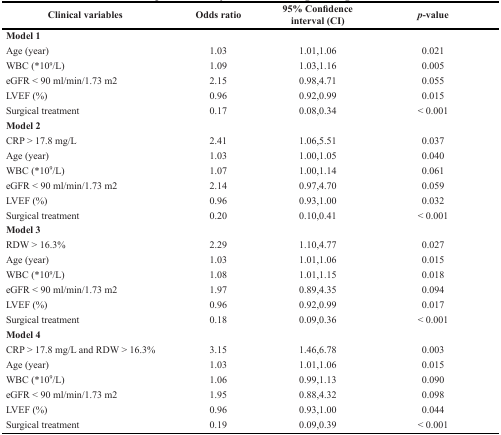
<table><thead><tr><td><b>Clinical variables</b></td><td><b>Odds ratio</b></td><td><b>95% Confidence interval (CI)</b></td><td><b><i>p</i>-value</b></td></tr></thead><tbody><tr><td><b>Model 1</b></td><td></td><td></td><td></td></tr><tr><td>Age (year)</td><td>1.03</td><td>1.01,1.06</td><td>0.021</td></tr><tr><td>WBC (*10<sup>9</sup>/L)</td><td>1.09</td><td>1.03,1.16</td><td>0.005</td></tr><tr><td>eGFR &lt; 90 ml/min/1.73 m2</td><td>2.15</td><td>0.98,4.71</td><td>0.055</td></tr><tr><td>LVEF (%)</td><td>0.96</td><td>0.92,0.99</td><td>0.015</td></tr><tr><td>Surgical treatment</td><td>0.17</td><td>0.08,0.34</td><td>&lt; 0.001</td></tr><tr><td><b>Model 2</b></td><td></td><td></td><td></td></tr><tr><td>CRP &gt; 17.8 mg/L</td><td>2.41</td><td>1.06,5.51</td><td>0.037</td></tr><tr><td>Age (year)</td><td>1.03</td><td>1.00,1.05</td><td>0.040</td></tr><tr><td>WBC (*10<sup>9</sup>/L)</td><td>1.07</td><td>1.00,1.14</td><td>0.061</td></tr><tr><td>eGFR &lt; 90 ml/min/1.73 m2</td><td>2.14</td><td>0.97,4.70</td><td>0.059</td></tr><tr><td>LVEF (%)</td><td>0.96</td><td>0.93,1.00</td><td>0.032</td></tr><tr><td>Surgical treatment</td><td>0.20</td><td>0.10,0.41</td><td>&lt; 0.001</td></tr><tr><td><b>Model 3</b></td><td></td><td></td><td></td></tr><tr><td>RDW &gt; 16.3%</td><td>2.29</td><td>1.10,4.77</td><td>0.027</td></tr><tr><td>Age (year)</td><td>1.03</td><td>1.01,1.06</td><td>0.015</td></tr><tr><td>WBC (*10<sup>9</sup>/L)</td><td>1.08</td><td>1.01,1.15</td><td>0.018</td></tr><tr><td>eGFR &lt; 90 ml/min/1.73 m2</td><td>1.97</td><td>0.89,4.35</td><td>0.094</td></tr><tr><td>LVEF (%)</td><td>0.96</td><td>0.92,0.99</td><td>0.017</td></tr><tr><td>Surgical treatment</td><td>0.18</td><td>0.09,0.36</td><td>&lt; 0.001</td></tr><tr><td><b>Model 4</b></td><td></td><td></td><td></td></tr><tr><td>CRP &gt; 17.8 mg/L and RDW &gt; 16.3%</td><td>3.15</td><td>1.46,6.78</td><td>0.003</td></tr><tr><td>Age (year)</td><td>1.03</td><td>1.01,1.06</td><td>0.015</td></tr><tr><td>WBC (*10<sup>9</sup>/L)</td><td>1.06</td><td>0.99,1.13</td><td>0.090</td></tr><tr><td>eGFR &lt; 90 ml/min/1.73 m2</td><td>1.95</td><td>0.88,4.32</td><td>0.098</td></tr><tr><td>LVEF (%)</td><td>0.96</td><td>0.93,1.00</td><td>0.044</td></tr><tr><td>Surgical treatment</td><td>0.19</td><td>0.09,0.39</td><td>&lt; 0.001</td></tr></tbody></table>